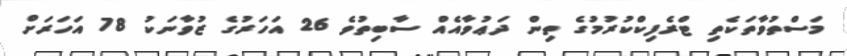
މަސްތުވާތަކެތި ޓްރެފިކްކުރުމުގެ ތިން ދަޢުވާއެއް ސާބިތުވެ 26 އަހަރުގެ ޒުވާނަކު 78 އަހަރަށް